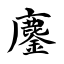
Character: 鏖